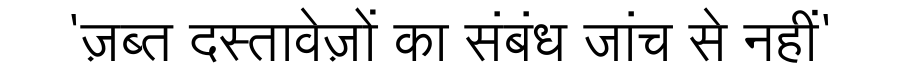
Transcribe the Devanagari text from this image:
'ज़ब्त दस्तावेज़ों का संबंध जांच से नहीं'